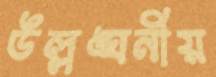
উল্লঙ্ঘনীয়